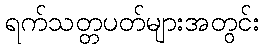
ရက်သတ္တပတ်များအတွင်း